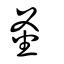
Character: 釜